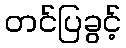
တင်ပြခွင့်